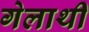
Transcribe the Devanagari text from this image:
गेलाथी